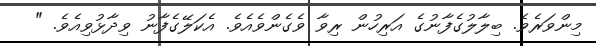
މިންވަރެވެ. ބިލާލުގެފާނުގެ އަރިހުން ރިވާ ވެގެންވެއެވެ. އެކަލޭގެފާނު ވިދާޅުވިއެވެ. "